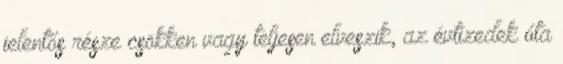
jelentős része csökken vagy teljesen elveszik, az évtizedek óta